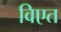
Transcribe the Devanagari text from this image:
विएत